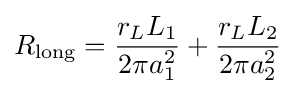
R_{\text{long}}={\frac {r_{L}L_{1}}{2\pi a_{1}^{2}}}+{\frac {r_{L}L_{2}}{2\pi a_{2}^{2}}}